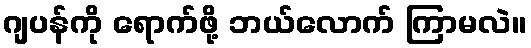
ဂျပန်ကို ရောက်ဖို့ ဘယ်လောက် ကြာမလဲ။